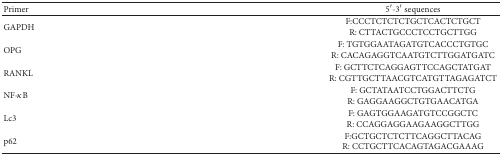
<table><thead><tr><td><b>Primer</b></td><td><b>5′-3′ sequences</b></td></tr></thead><tbody><tr><td>GAPDH</td><td>F:CCCTCTCTCTGCTCACTCTGCTR: CTTACTGCCCTCCTGCTTGG</td></tr><tr><td>OPG</td><td>F: TGTGGAATAGATGTCACCCTGTGCR: CACAGAGGTCAATGTCTTGGATGATC</td></tr><tr><td>RANKL</td><td>F: GCTTCTCAGGAGTTCCAGCTATGATR: CGTTGCTTAACGTCATGTTAGAGATCT</td></tr><tr><td>NF-<i>κ</i>B</td><td>F: GCTATAATCCTGGACTTCTGR: GAGGAAGGCTGTGAACATGA</td></tr><tr><td>Lc3</td><td>F: GAGTGGAAGATGTCCGGCTCR: CCAGGAGGAAGAAGGCTTGG</td></tr><tr><td>p62</td><td>F:GCTGCTCTCTTCAGGCTTACAGR: CCTGCTTCACAGTAGACGAAAG</td></tr></tbody></table>